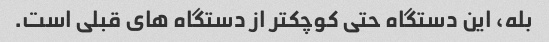
بله، این دستگاه حتی کوچکتر از دستگاه های قبلی است.